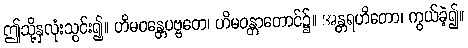
ဤသို့နှလုံးသွင်း၍။ ဟိမဝန္တေပဗ္ဗတေ၊ ဟိမဝန္တာတောင်၌။ အန္တရဟိတော၊ ကွယ်ခဲ့၍။